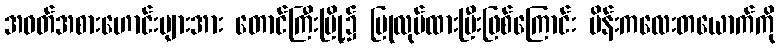
အဝတ်အစားဟောင်းများအား တောင်ကြီးမြို့၌ ပြုလုပ်ထားပြီးဖြစ်ကြောင်း မိန်းကလေးတယောက်ကို